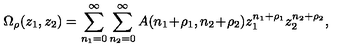
\Omega _ { \rho } ( z _ { 1 } , z _ { 2 } ) = \sum _ { n _ { 1 } = 0 } ^ { \infty } \sum _ { n _ { 2 } = 0 } ^ { \infty } A ( n _ { 1 } \! + \! \rho _ { 1 } , n _ { 2 } \! + \! \rho _ { 2 } ) z _ { 1 } ^ { n _ { 1 } + \rho _ { 1 } } z _ { 2 } ^ { n _ { 2 } + \rho _ { 2 } } ,